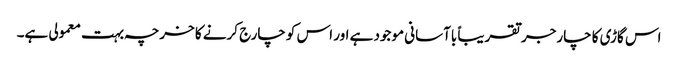
اس گاڑی کا چارجر تقریباً باآسانی موجود ہے اور اس کو چارج کرنے کا خرچہ بہت معمولی ہے۔